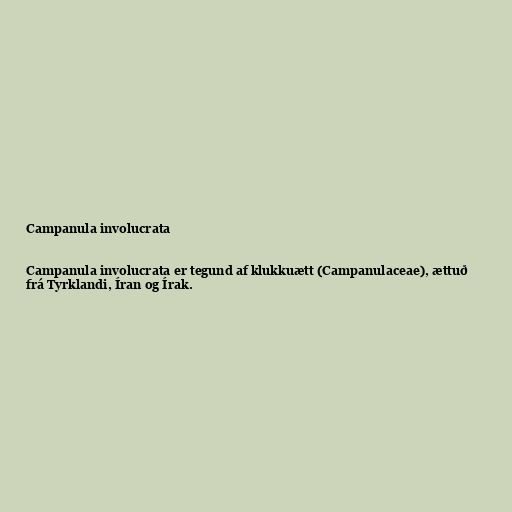
Campanula involucrata

Campanula involucrata er tegund af klukkuætt (Campanulaceae), ættuð
frá Tyrklandi, Íran og Írak.